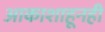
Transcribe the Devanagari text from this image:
आकाशाहूनही